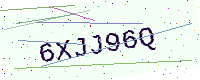
Text: 6XJJ96Q